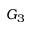
G _ { 3 }